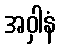
အဝှါနံ